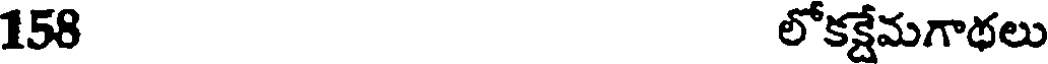
158 లోకక్షేమగాథలు